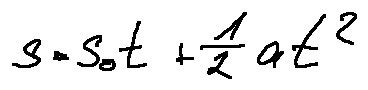
s = s _ { 0 } t + \frac { 1 } { 2 } a t ^ { 2 }